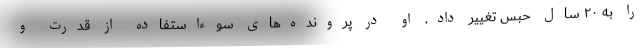
را به ۲۰ سال حبس تغییر داد. او در پرونده‌های سوءاستفاده از قدرت و